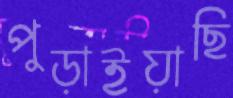
পুড়াইয়াছি